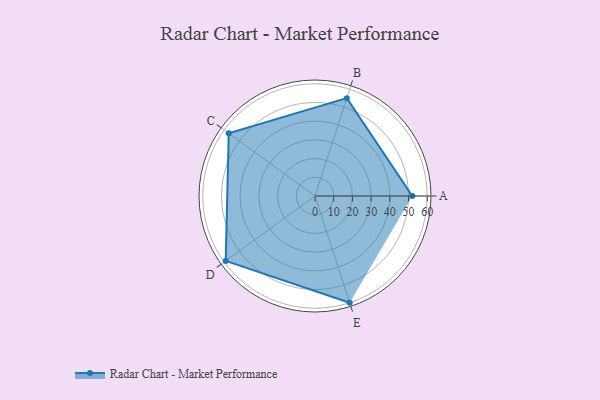
{"axis": {"x": "Skill", "y": "Score"}, "legend": ["Profile"], "data": [{"x": "A", "y": 52.0, "type": "Profile"}, {"x": "B", "y": 55.0, "type": "Profile"}, {"x": "C", "y": 57.0, "type": "Profile"}, {"x": "D", "y": 59.0, "type": "Profile"}, {"x": "E", "y": 60.0, "type": "Profile"}]}